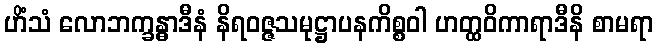
ဟိံသံ လောဘက္ခန္ဓာဒီနံ နိရဝဇ္ဇသမုဋ္ဌာပနကိစ္စဝါ ဟတ္ထဝိကာရာဒီနိ စာမရာ